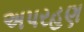
અપરહણ